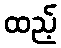
ထည့်